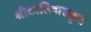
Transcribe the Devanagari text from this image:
श्रीकालिदासकृतं